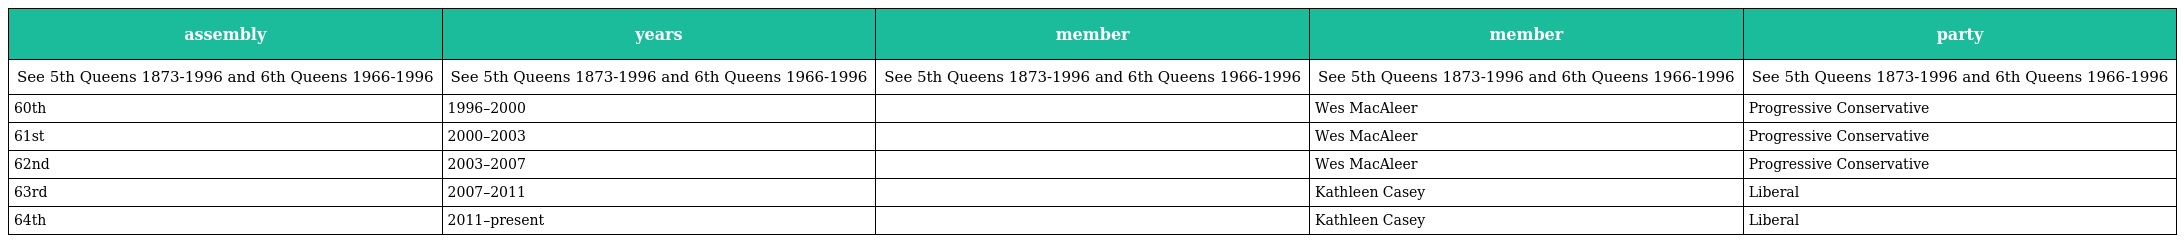
| assembly | years | member | member | party |
 | --- | --- | --- | --- | --- |
 | See 5th Queens 1873-1996 and 6th Queens 1966-1996 | See 5th Queens 1873-1996 and 6th Queens 1966-1996 | See 5th Queens 1873-1996 and 6th Queens 1966-1996 | See 5th Queens 1873-1996 and 6th Queens 1966-1996 | See 5th Queens 1873-1996 and 6th Queens 1966-1996 |
 | 60th | 1996–2000 |  | Wes MacAleer | Progressive Conservative |
 | 61st | 2000–2003 |  | Wes MacAleer | Progressive Conservative |
 | 62nd | 2003–2007 |  | Wes MacAleer | Progressive Conservative |
 | 63rd | 2007–2011 |  | Kathleen Casey | Liberal |
 | 64th | 2011–present |  | Kathleen Casey | Liberal |